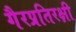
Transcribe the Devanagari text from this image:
गैरप्रतिरक्षी